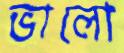
ভালো